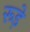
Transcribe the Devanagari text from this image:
रूड़े